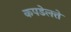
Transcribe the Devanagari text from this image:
कपडेलत्ते